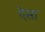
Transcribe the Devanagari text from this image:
ऐंसा